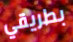
بطريقي